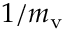
1 / m _ { \mathrm { v } }